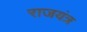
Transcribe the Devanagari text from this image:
राजयंत्र